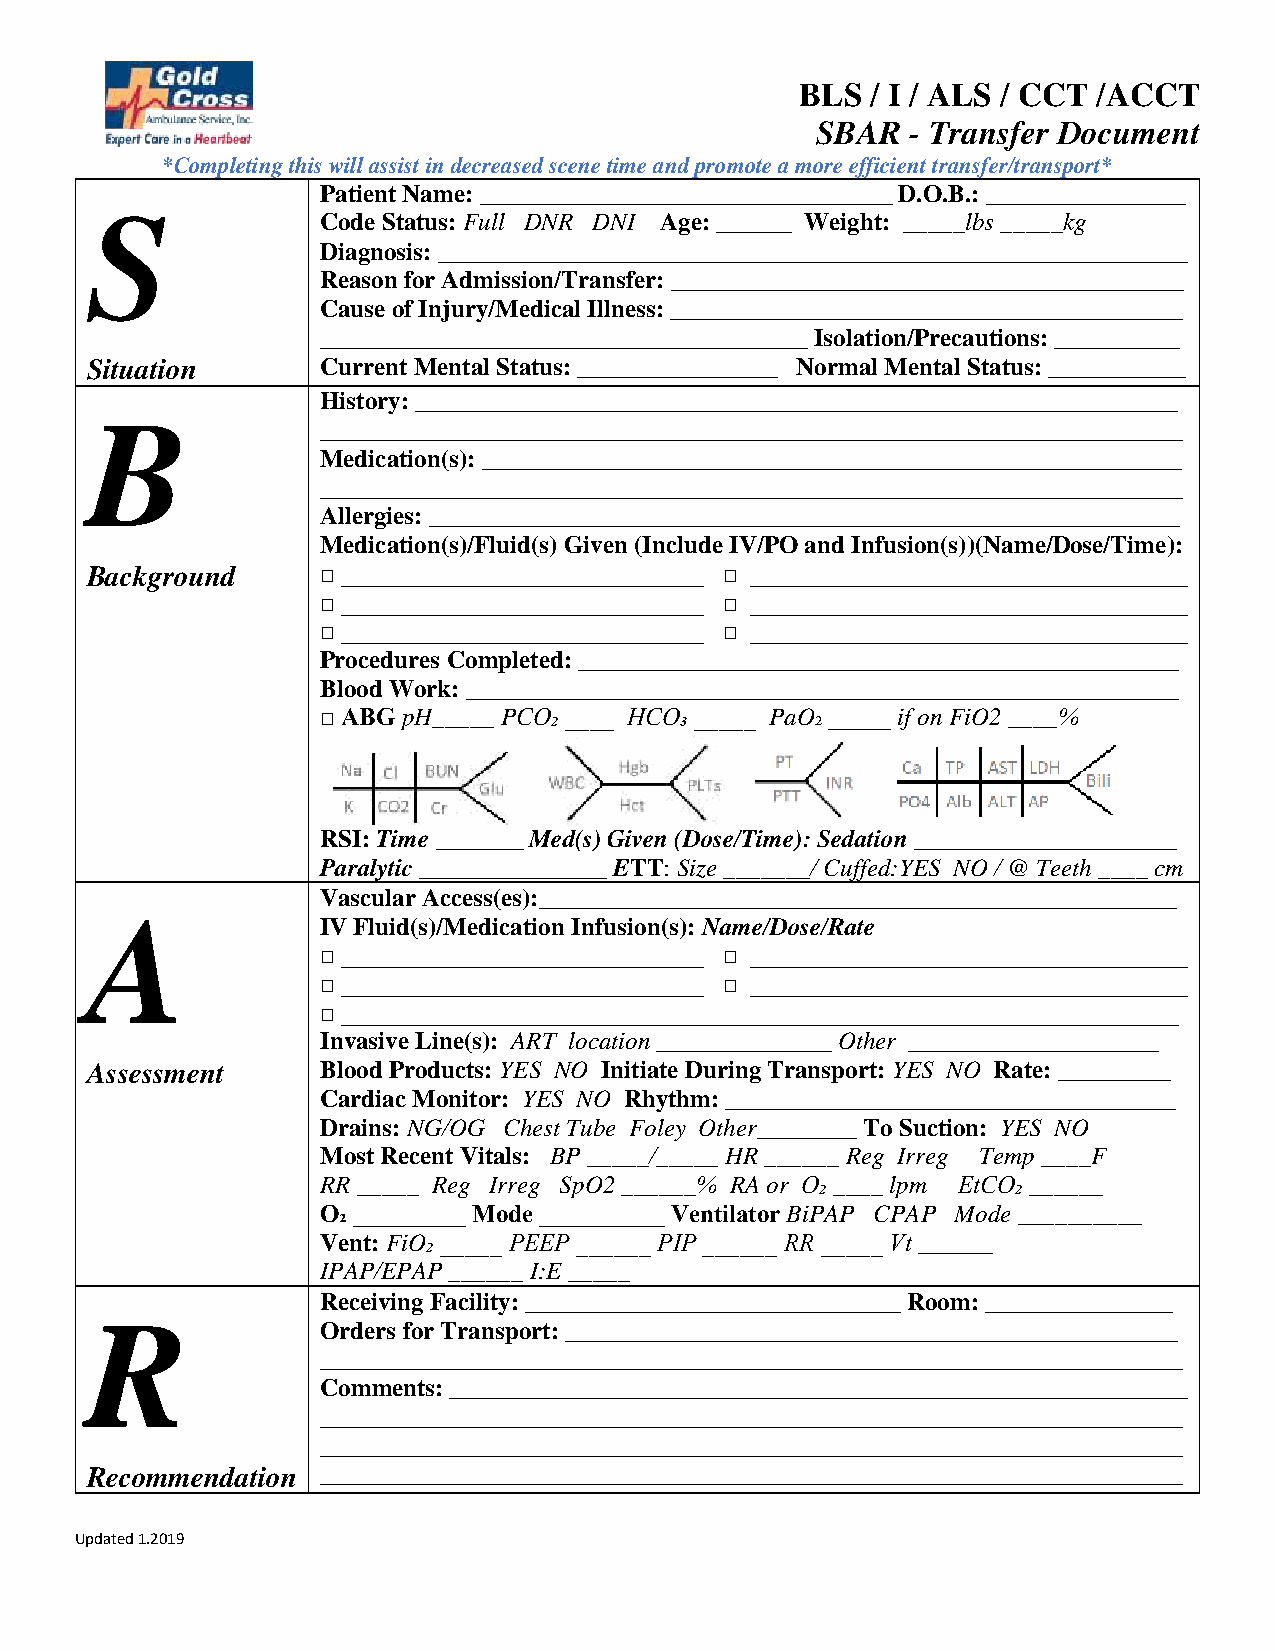
BLS  / I / ALS / CCT /ACCT
 SBAR  - Transfer Document
 *Completing this will assist in decreased scene time and promote a more efficient transfer/transport*
 Patient Name: _________________________________ D.O.B.: ________________
 S
 Code Status: Full DNR DNI Age: ______ Weight: _____lbs _____kg
 Diagnosis: ____________________________________________________________
 Reason for Admission/Transfer: _________________________________________
 Cause of Injury/Medical Illness: _________________________________________
 _______________________________________ Isolation/Precautions: __________
 Situation      Current Mental Status: ________________ Normal Mental Status: ___________
 History: _____________________________________________________________
 B
 _____________________________________________________________________
 Medication(s): ________________________________________________________
 _____________________________________________________________________
 Allergies: ____________________________________________________________
 Medication(s)/Fluid(s) Given (Include IV/PO and Infusion(s))(Name/Dose/Time):
 Background     □ _____________________________ □ ___________________________________
 □ _____________________________ □ ___________________________________
 □ _____________________________ □ ___________________________________
 Procedures Completed: ________________________________________________
 Blood Work: _________________________________________________________
 □ ABG pH_____ PCO₂ ____ HCO₃ _____ PaO₂ _____ if on FiO2 ____%
 RSI: Time _______ Med(s) Given (Dose/Time): Sedation _____________________
 Paralytic _______________ ETT: Size _______/ Cuffed:YES NO / @ Teeth ____ cm
 Vascular Access(es):___________________________________________________
 A
 IV Fluid(s)/Medication Infusion(s): Name/Dose/Rate
 □ _____________________________ □ ___________________________________
 □ _____________________________ □ ___________________________________
 □ ___________________________________________________________________
 Invasive Line(s): ART location ______________ Other ____________________
 Assessment     Blood Products: YES NO Initiate During Transport: YES NO Rate: _________
 Cardiac Monitor: YES NO Rhythm: ____________________________________
 Drains: NG/OG Chest Tube Foley Other________ To Suction: YES NO
 Most Recent Vitals: BP _____/_____ HR ______ Reg Irreg Temp ____F
 RR _____ Reg Irreg SpO2 ______% RA or O₂ ____ lpm EtCO₂ ______
 O₂ _________ Mode __________ Ventilator BiPAP CPAP Mode __________
 Vent: FiO₂ _____ PEEP ______ PIP ______ RR _____ Vt ______
 IPAP/EPAP ______ I:E _____
 Receiving Facility: ______________________________ Room: _______________
 R
 Orders for Transport: _________________________________________________
 _____________________________________________________________________
 Comments: ___________________________________________________________
 _____________________________________________________________________
 _____________________________________________________________________
 Recommendation _____________________________________________________________________
 Updated 1.2019